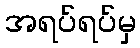
အရပ်ရပ်မှ